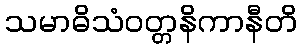
သမာဓိသံဝတ္တနိကာနီတိ